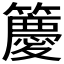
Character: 𮆯